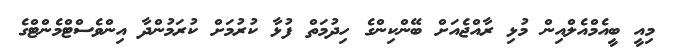
މިއީ ބީއެމްއެލްއިން މުޅި ރާއްޖެއަށް ބޭންކިންގެ ހިދުމަތް ފުޅާ ކުރުމަށް ކުރަމުންދާ އިންވެސްޓްމެންޓްގެ